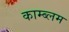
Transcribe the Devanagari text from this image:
काम्ब्लम